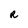
Character: R